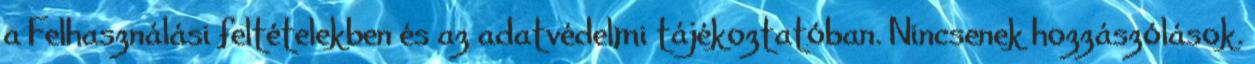
a Felhasználási feltételekben és az adatvédelmi tájékoztatóban. Nincsenek hozzászólások.